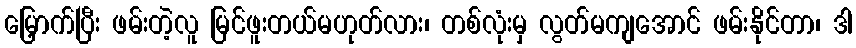
မြှောက်ပြီး ဖမ်းတဲ့လူ မြင်ဖူးတယ်မဟုတ်လား၊ တစ်လုံးမှ လွတ်မကျအောင် ဖမ်းနိုင်တာ၊ ဒါ